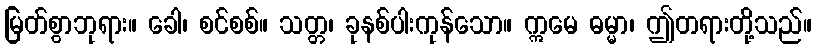
မြတ်စွာဘုရား။ ခေါ၊ စင်စစ်။ သတ္တ၊ ခုနစ်ပါးကုန်သော။ ဣမေ ဓမ္မာ၊ ဤတရားတို့သည်။